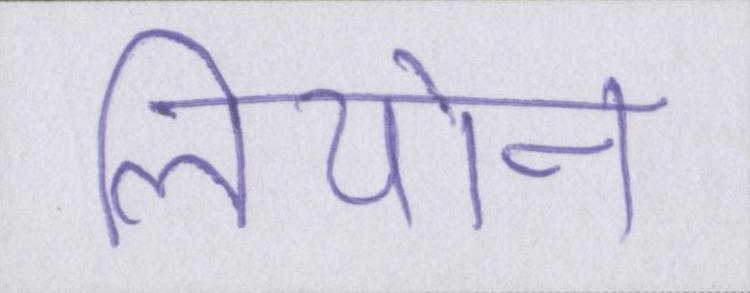
लियोन